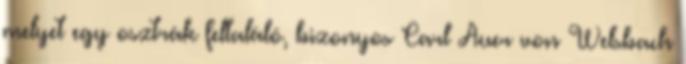
melyet egy osztrák feltaláló, bizonyos Carl Auer von Welsbach